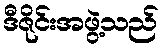
ဒီဇိုင်းအဖွဲ့သည်